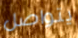
يتواصل